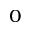
_ 0